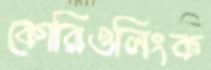
কোরিওলিংক